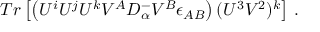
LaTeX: T r \left[ \left( U ^ { i } U ^ { j } U ^ { k } V ^ { A } { \cal D } _ { \alpha } ^ { - } V ^ { B } \epsilon _ { A B } \right) ( U ^ { 3 } V ^ { 2 } ) ^ { k } \right] \, .